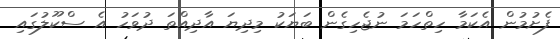
ފެށުމުން އެކަމާ ހިތްހަމަ ނުޖެހިގެން ބަަޔަކު މިދިޔަ އާދިއްތަ ދުވަހު އެ ސްކޫލުގައި